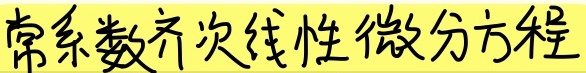
常系数齐次线性微分方程